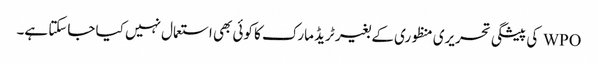
WPO کی پیشگی تحریری منظوری کے بغیر ٹریڈ مارک کا کوئی بھی استعمال نہیں کیا جاسکتا ہے۔